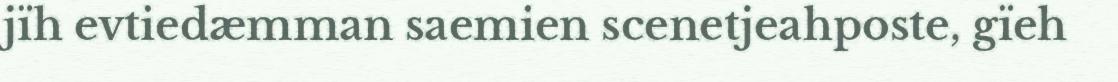
jïh evtiedæmman saemien scenetjeahposte, gïeh